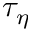
\tau _ { \eta }